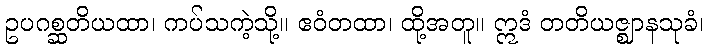
ဥပဂစ္ဆတိယထာ၊ ကပ်သကဲ့သို့။ ဧဝံတထာ၊ ထို့အတူ။ ဣဒံ တတိယဇ္ဈာနသုခံ၊